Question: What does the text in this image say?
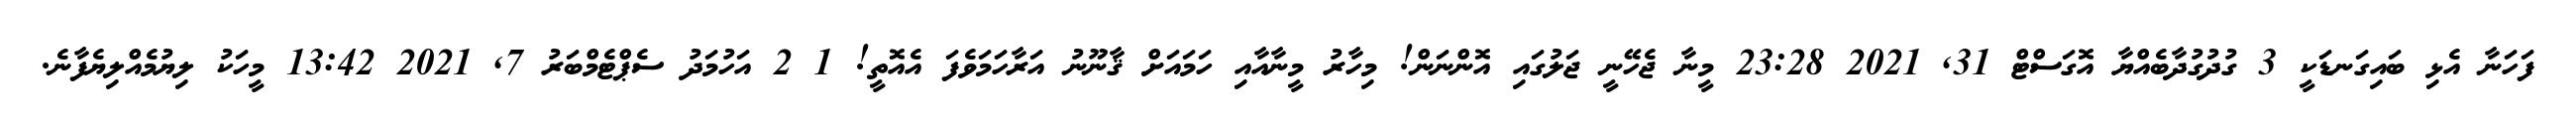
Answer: ފަހަނާ އެޅި ބައިގަނޑަކީ 3 ގުދުގުދާބެއްޔާ އޮގަސްޓް 31, 2021 23:28 މީނާ ޖެހޭނީ ޖަލުގައި އޮންނަން! މިހާރު މީނާއާއި ހަމައަށް ޤާނޫނު އަރާހަމަވެފަ އެއޮތީ! 1 2 އަހުމަދު ސެޕްޓެމްބަރު 7, 2021 13:42 މީހަކު ލިޔުމެއްލިޔެފާނެ.